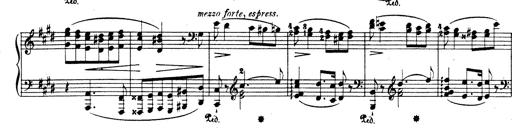
Title: Rhapsodie espagnole
Composer: Franz Liszt